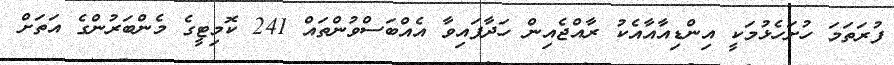
ފުރަތަމަ ހުށަހެޅުމަކީ އިންޑިއާއާއެކު ރާއްޖެއިން ހަދާފައިވާ އެއްބަސްވުންތައް 241 ކޮމިޓީގެ މެންބަރުންގެ އަތަށް